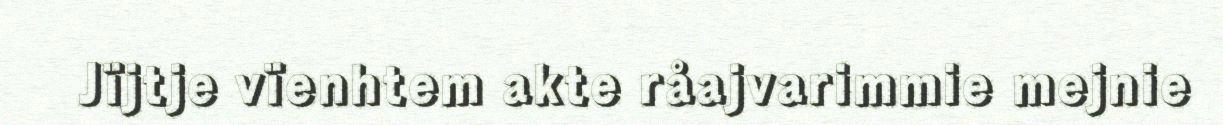
Jïjtje vïenhtem akte råajvarimmie mejnie